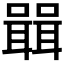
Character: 𭋷